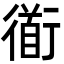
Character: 衜